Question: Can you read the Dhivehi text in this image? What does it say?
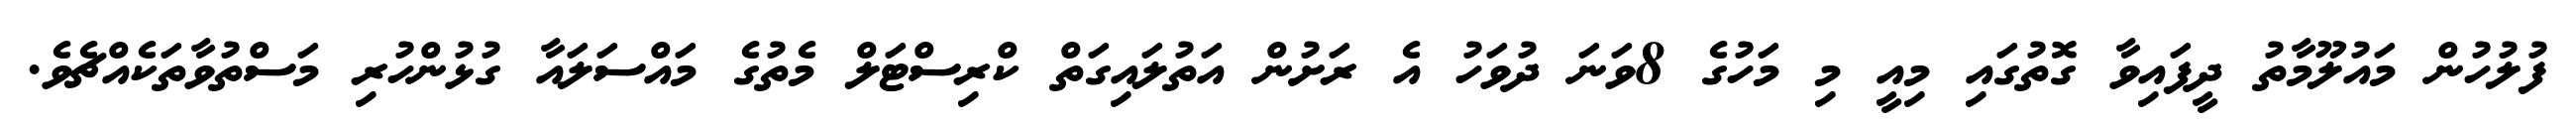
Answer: ފުލުހުން މައުލޫމާތު ދީފައިވާ ގޮތުގައި މިއީ މި މަހުގެ 8ވަނަ ދުވަހު އެ ރަށުން އަތުލައިގަތް ކްރިސްޓަލް މެތުގެ މައްސަލައާ ގުޅުންހުރި މަސްތުވާތަކެއްޗެވެ.